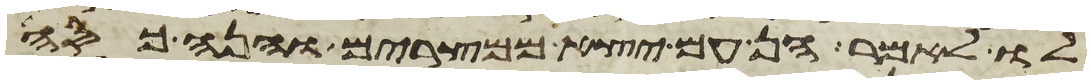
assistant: לו לאמר הן עם יצא ממצרים והנה כסה